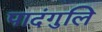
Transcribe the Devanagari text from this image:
पादंगुलि